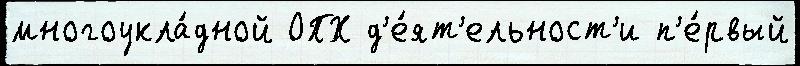
многоукла́дной ОПХ д'е́ят'ельност'и п'е́рвый